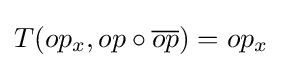
T(op_{x},op\circ {\overline {op}})=op_{x}